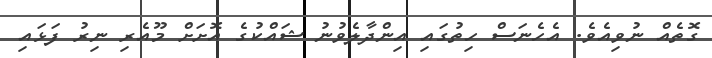
ގޮތެއް ނުވިއެވެ. އެހެނަސް ހިތުގައި އިންދާލެވުނު ޝައްކުގެ އޮށަށް މޫއެރި ނިރު ފަޅައި